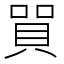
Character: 𲂭